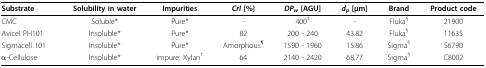
<table><thead><tr><td><b>Substrate</b></td><td><b>Solubility in water</b></td><td><b>Impurities</b></td><td><b><i>CrI </i>[%]</b></td><td><b><i>DP<sub>w</sub></i> [AGU]</b></td><td><b><i>d<sub>p</sub></i> [μm]</b></td><td><b>Brand</b></td><td><b>Product code</b></td></tr></thead><tbody><tr><td>CMC</td><td>Soluble*</td><td>Pure*</td><td>-</td><td>400<sup>‡</sup></td><td>-</td><td>Fluka<sup>§</sup></td><td>21900</td></tr><tr><td>Avicel PH101</td><td>Insoluble*</td><td>Pure*</td><td>82</td><td>200 - 240</td><td>43.82</td><td>Fluka<sup>§</sup></td><td>11635</td></tr><tr><td>Sigmacell 101</td><td>Insoluble*</td><td>Pure*</td><td>Amorphous<sup>¶</sup></td><td>1590 - 1960</td><td>15.86</td><td>Sigma<sup>§</sup></td><td>S6790</td></tr><tr><td>α-Cellulose</td><td>Insoluble*</td><td>impure: Xylan<sup>†</sup></td><td>64</td><td>2140 - 2420</td><td>68.77</td><td>Sigma<sup>§</sup></td><td>C8002</td></tr></tbody></table>